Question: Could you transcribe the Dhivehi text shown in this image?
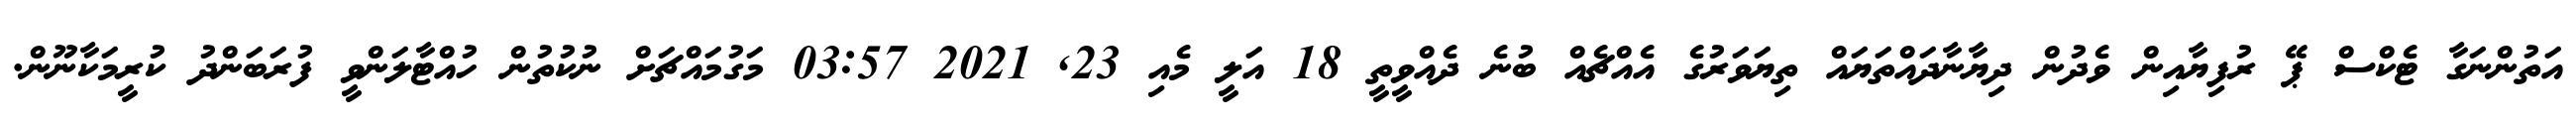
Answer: އަތުންނަގާ ޓެކްސް ޕޭ ރުފިޔާއިން ވެދުން ދިޔާނާދައްތަޔައް ތިޔަވަރުގެ އެއްޗެއް ބުނެ ދެއްވީތީ 18 އަލީ މެއި 23, 2021 03:57 މަގުމައްޗަށް ނުކުތުން ހުއްޓާލަންވީ ފުރަބަންދު ކުރީމަކާނޫން.